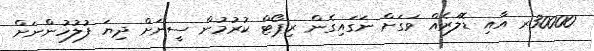
30000ރ އާއި ޑޮލަރެއް ވަގަށް ނަގައިގެން ރިޕޯޓް ކުރުމުން ސީނަށް ދިޔަ ފުލުހުންނަށް